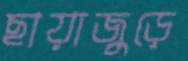
ছায়াজুড়ে